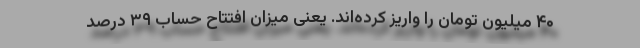
۴۰ میلیون تومان را واریز کرده‌اند. یعنی میزان افتتاح حساب ۳۹ درصد